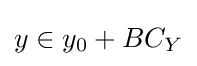
y\in y_{0}+BC_{Y}